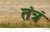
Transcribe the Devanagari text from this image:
तंत्रं